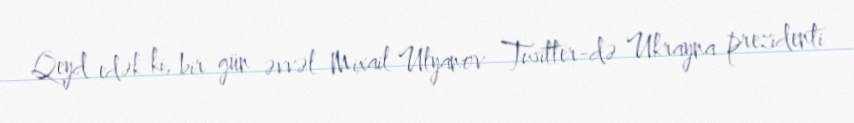
Qeyd edək ki, bir gün əvvəl Mixail Ulyanov Twitter-də Ukrayna prezidenti